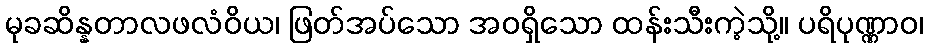
မုခဆိန္နတာလဖလံဝိယ၊ ဖြတ်အပ်သော အဝရှိသော ထန်းသီးကဲ့သို့။ ပရိပုဏ္ဏာဝ၊